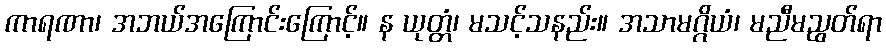
ကာရဏာ၊ အဘယ်အကြောင်းကြောင့်။ န ယုတ္တံ၊ မသင့်သနည်း။ အသာမဂ္ဂိယံ၊ မညီမညွတ်ရာ